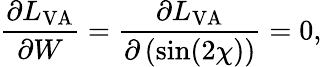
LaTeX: \frac{\partial L_{\mathrm{VA}}}{\partial W}=\frac{\partial L_{\mathrm{VA}}}{\partial\left(\sin(2\chi\right))}=0,